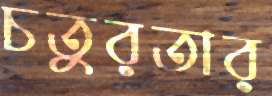
চতুরতার